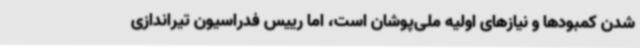
شدن کمبودها و نیازهای اولیه ملی‌پوشان است، اما رییس فدراسیون تیراندازی